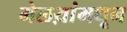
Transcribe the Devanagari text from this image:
मेळय़ांमधून